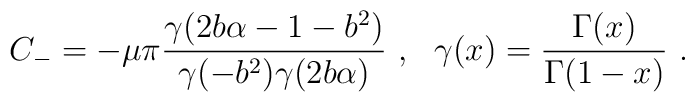
C_- = - \mu \pi \frac{\gamma(2 b \alpha - 1 - b^2)}                      {\gamma(-b^2) \gamma(2 b \alpha)} ~,~~  \gamma(x) = \frac{\Gamma(x)}{\Gamma(1-x)} ~.